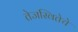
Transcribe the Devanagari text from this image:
तेजस्वितेचे